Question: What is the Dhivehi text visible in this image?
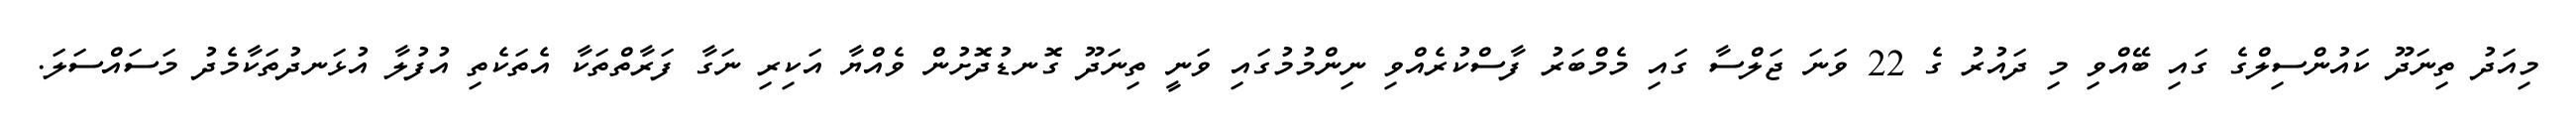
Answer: މިއަދު ތިނަދޫ ކައުންސިލްގެ ގައި ބޭއްވި މި ދައުރު ގެ 22 ވަނަ ޖަލްސާ ގައި މެމްބަރު ފާސްކުރެއްވި ނިންމުމުގައި ވަނީ ތިނަދޫ ގޮނޑުދޮށުން ވެއްޔާ އަކިރި ނަގާ ފަރާތްތަކާ އެތަކެތި އުފުލާ އުޅަނދުތަކާމެދު މަސައްސަލަ.